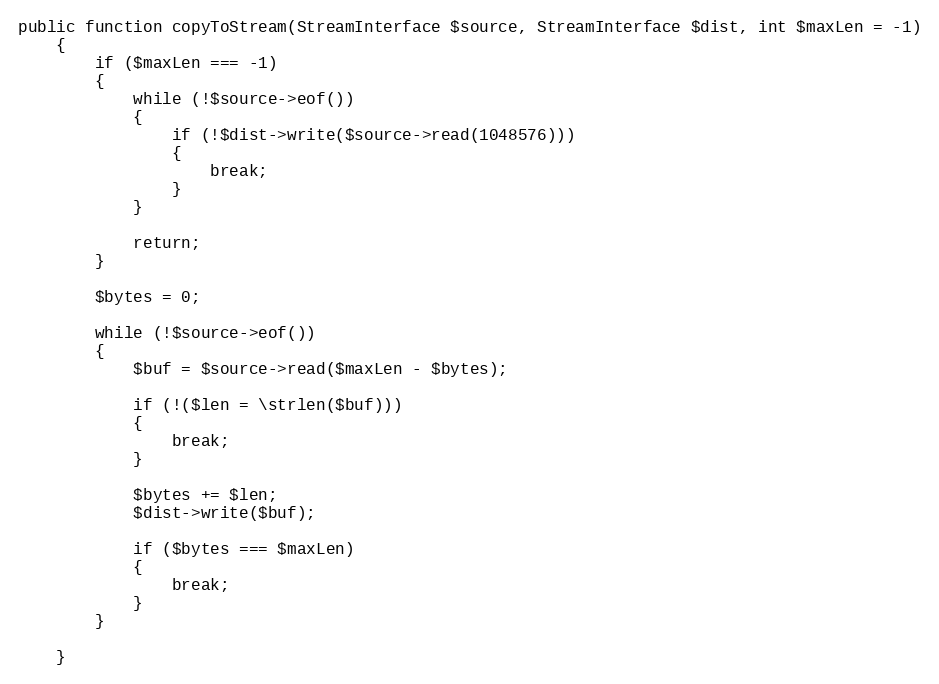
Language: PHP
public function copyToStream(StreamInterface $source, StreamInterface $dist, int $maxLen = -1)
    {
        if ($maxLen === -1)
        {
            while (!$source->eof())
            {
                if (!$dist->write($source->read(1048576)))
                {
                    break;
                }
            }

            return;
        }

        $bytes = 0;

        while (!$source->eof())
        {
            $buf = $source->read($maxLen - $bytes);

            if (!($len = \strlen($buf)))
            {
                break;
            }

            $bytes += $len;
            $dist->write($buf);

            if ($bytes === $maxLen)
            {
                break;
            }
        }

    }